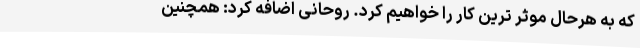
که به هرحال موثر ترین کار را خواهیم کرد. روحانی اضافه کرد: همچنین